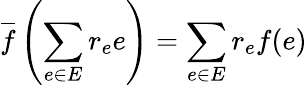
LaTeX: {\overline{{f}}}\left(\sum_{e\in E}r_{e}e\right)=\sum_{e\in E}r_{e}f(e)